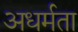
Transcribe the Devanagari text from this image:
अधर्मता